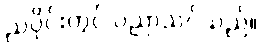
ညပိုင်းတွင် ပညာသင်သည်။